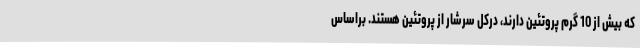
که بیش از 10 گرم پروتئین دارند، درکل سرشار از پروتئین هستند. براساس